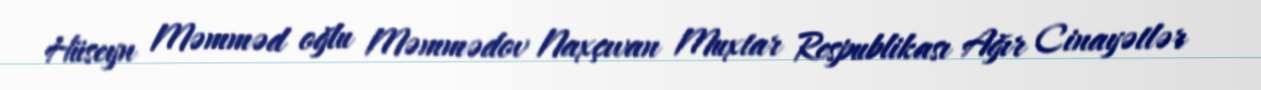
Hüseyn Məmməd oğlu Məmmədov Naxçıvan Muxtar Respublikası Ağır Cinayətlər